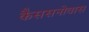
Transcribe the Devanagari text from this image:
कैससनोवास